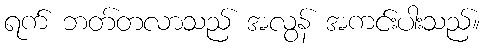
ရက် ဘတ်တလာသည် အလွန် အကင်းပါးသည်။